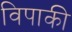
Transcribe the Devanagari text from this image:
विपाकी